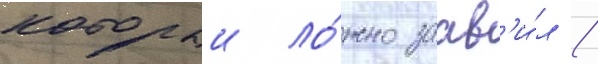
которыи ло́жно заав'и́л /